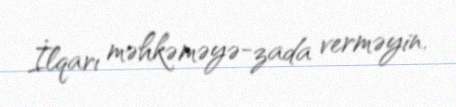
İlqarı məhkəməyə-zada verməyin.